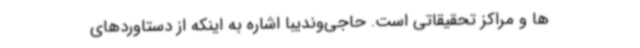
ها و مراکز تحقیقاتی است. حاجی‌وندیبا اشاره به اینکه از دستاوردهای